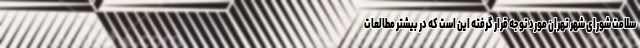
سلامت شورای شهر تهران مورد توجه قرار گرفته این است که در بیشتر مطالعات